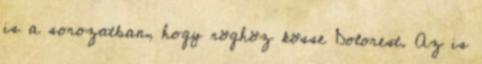
is a sorozatban, hogy röghöz kösse Dolorest. Az is